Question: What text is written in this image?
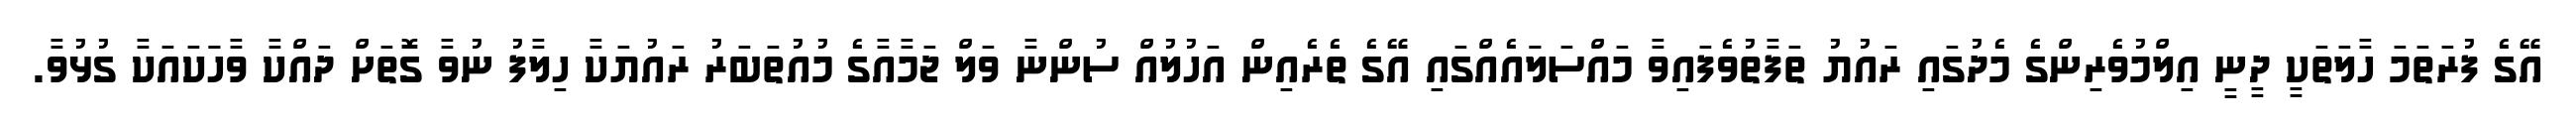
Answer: އޭގެ ފުރަތަމަ ހާލަތަކީ ދީނީ އިލްމުވެރިންގެ މެދުގައި ރައުޔު ތަފާތުވެފައިވާ މައްސަލަައެއްގައި އޭގެ ތެރެއިން އަހުލުއް ސުންނާ ވަލް ޖަމާއާގެ މުއުތަބަރު ރައުޔަކާ ހިލާފު ނުވާ ގޮތަށް ދައްކާ ވާހަަކައަކާ ގުޅުވާ.